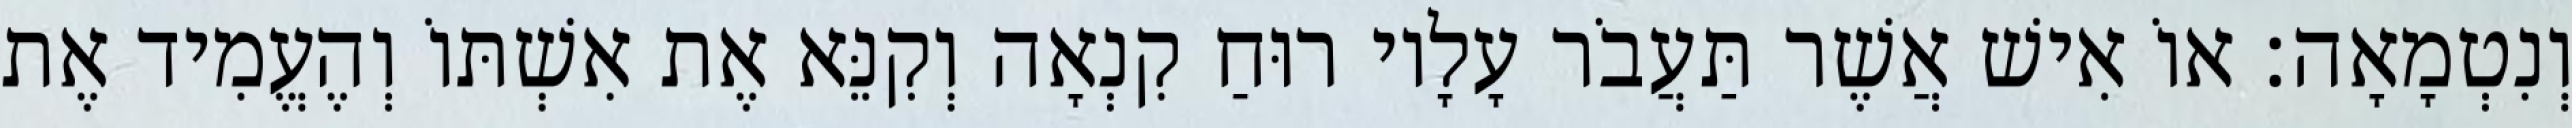
וְנִטְמָאָה׃ אוֹ אִישׁ אֲשֶׁר תַּעֲבֹר עָלָיו רוּחַ קִנְאָה וְקִנֵּא אֶת אִשְׁתּוֹ וְהֶעֱמִיד אֶת